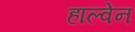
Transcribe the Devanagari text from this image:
हाल्वेन